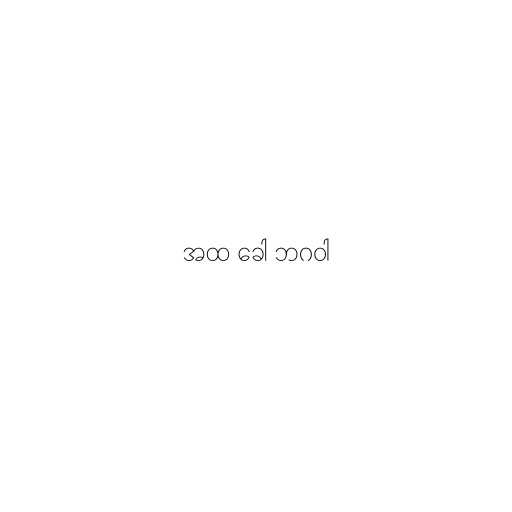
အထ ခေါ ဘဂဝါ